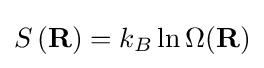
S\left(\mathbf {R} \right)=k_{B}\ln \Omega {\left(\mathbf {R} \right)}